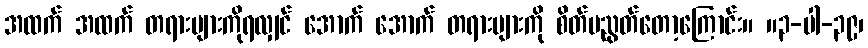
အထက် အထက် တရားများကိုရလျှင် အောက် အောက် တရားများကို စိတ်မညွတ်တော့ကြောင်း။ ။၃-ပါ-၃၉၊